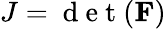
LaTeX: \begin{array}{r}{J=\mathrm{~d~e~t~}(\mathbf{F})}\end{array}